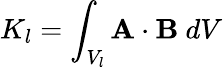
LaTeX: K_{l}=\int_{V_{l}}\mathbf{A}\cdot\mathbf{B}\ dV